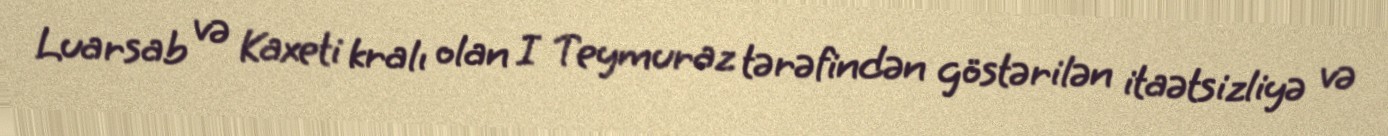
Luarsab və Kaxeti kralı olan I Teymuraz tərəfindən göstərilən itaətsizliyə və